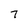
Character: 7